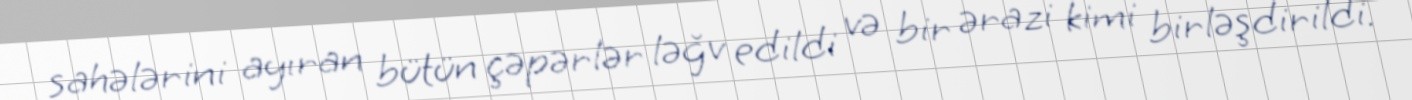
sahələrini ayıran bütün çəpərlər ləğv edildi və bir ərazi kimi birləşdirildi.